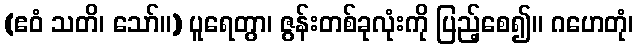
(ဧဝံ သတိ၊ သော်။) ပူရေတွာ၊ ဇွန်းတစ်ခုလုံးကို ပြည့်စေ၍။ ဂဟေတုံ၊